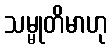
သမ္မုတိမာဟု